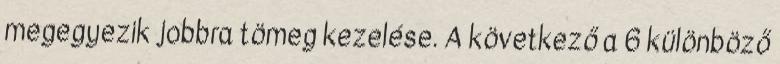
megegyezik jobbra tömeg kezelése. A következő a 6 különböző